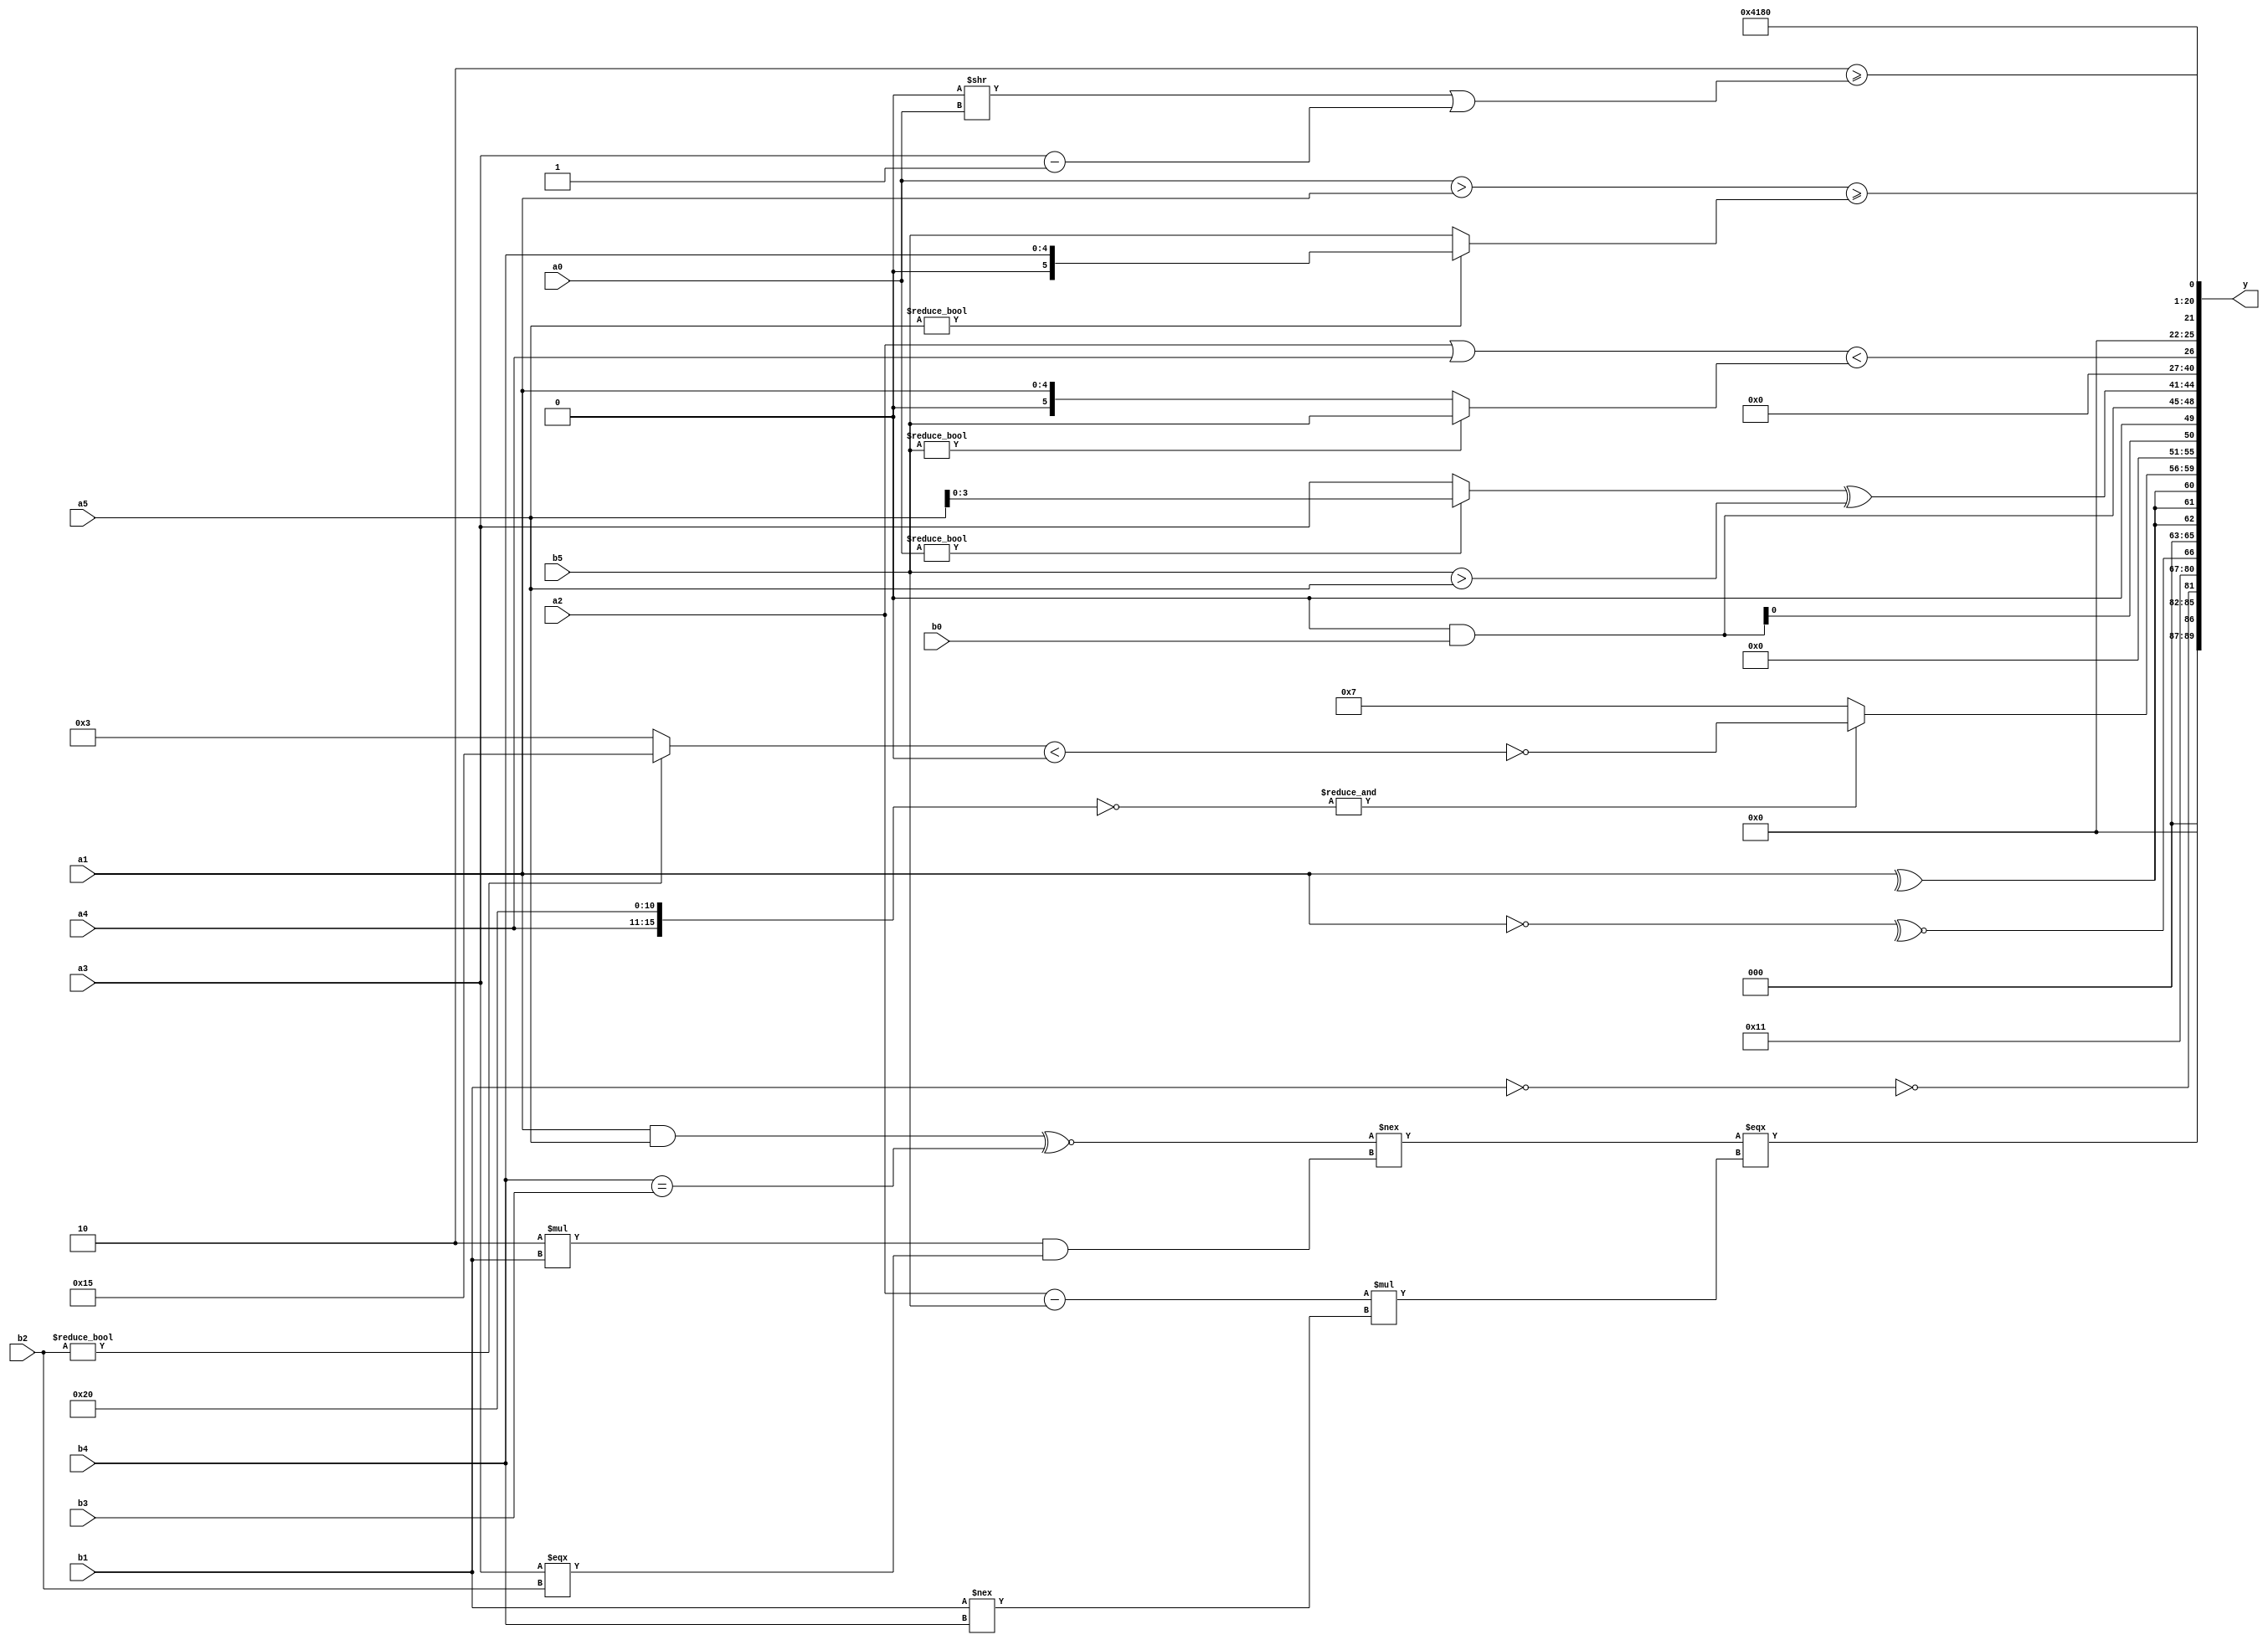
module expression_00907(a0, a1, a2, a3, a4, a5, b0, b1, b2, b3, b4, b5, y);
  input [3:0] a0;
  input [4:0] a1;
  input [5:0] a2;
  input signed [3:0] a3;
  input signed [4:0] a4;
  input signed [5:0] a5;

  input [3:0] b0;
  input [4:0] b1;
  input [5:0] b2;
  input signed [3:0] b3;
  input signed [4:0] b4;
  input signed [5:0] b5;

  wire [3:0] y0;
  wire [4:0] y1;
  wire [5:0] y2;
  wire signed [3:0] y3;
  wire signed [4:0] y4;
  wire signed [5:0] y5;
  wire [3:0] y6;
  wire [4:0] y7;
  wire [5:0] y8;
  wire signed [3:0] y9;
  wire signed [4:0] y10;
  wire signed [5:0] y11;
  wire [3:0] y12;
  wire [4:0] y13;
  wire [5:0] y14;
  wire signed [3:0] y15;
  wire signed [4:0] y16;
  wire signed [5:0] y17;

  output [89:0] y;
  assign y = {y0,y1,y2,y3,y4,y5,y6,y7,y8,y9,y10,y11,y12,y13,y14,y15,y16,y17};

  localparam [3:0] p0 = {2{{2{{2{{3{(4'd15)}}}}}}}};
  localparam [4:0] p1 = (~|((4'sd0)||(2'sd0)));
  localparam [5:0] p2 = {2{((-2'sd0)?(-4'sd4):(4'sd2))}};
  localparam signed [3:0] p3 = (4'd9);
  localparam signed [4:0] p4 = ((2'd2)^((3'sd3)>>>(4'd4)));
  localparam signed [5:0] p5 = ((((2'd1)?(5'd12):(3'd6))|{(-5'sd9)})?(^{1{((-5'sd5)?(5'sd3):(3'd7))}}):({(5'd27),(2'd3),(3'd3)}<<(4'd2 * (5'd19))));
  localparam [3:0] p6 = (((4'd7)?(5'd23):(2'd0))?{1{(+(2'd3))}}:((4'sd4)?(3'sd0):(2'd1)));
  localparam [4:0] p7 = ({{(-3'sd2),(2'd0),(-4'sd0)},(~{1{(4'sd5)}})}<<<(^(~^(+((2'd2)>>(4'd4))))));
  localparam [5:0] p8 = {4{((2'd2)>>(2'd1))}};
  localparam signed [3:0] p9 = (~^(^(-{4{((5'sd9)?(5'd21):(2'd3))}})));
  localparam signed [4:0] p10 = (-5'sd12);
  localparam signed [5:0] p11 = ({4{(2'd1)}}+(^((3'sd0)<(-4'sd0))));
  localparam [3:0] p12 = {3{((2'd2)==(3'sd2))}};
  localparam [4:0] p13 = (((|(-5'sd10))>=(|(4'd10)))<(~((-2'sd1)/(2'sd1))));
  localparam [5:0] p14 = (&(~&((!(5'd27))?((5'd2)?(-3'sd0):(2'd1)):((4'd13)?(2'd2):(-2'sd0)))));
  localparam signed [3:0] p15 = (((-3'sd1)?(-4'sd3):(2'd1))?((5'd2)+(5'sd2)):((4'd1)?(3'sd2):(3'sd3)));
  localparam signed [4:0] p16 = ((((3'd0)+(-2'sd0))===((4'd6)^(5'sd6)))?{(~^((5'd18)?(2'd2):(3'sd1)))}:{(((3'd5)?(4'sd3):(4'd0))^(&(5'd18)))});
  localparam signed [5:0] p17 = {(5'sd7),(5'd15),{{3{(-2'sd1)}}}};

  assign y0 = ((((a1&a5)^~(b4==b3))!==((5'd2 * b1)&&(a3===b2)))===((a2-b5)*(b1!==b4)));
  assign y1 = (~&(~(!(&(!b1)))));
  assign y2 = (-2'sd0);
  assign y3 = (~^{3{p0}});
  assign y4 = $unsigned({(&(|p3)),(~^(~a1))});
  assign y5 = {3{(^a1)}};
  assign y6 = ((~&(~{a4,p14,p13}))?((5'sd8)?(5'd7):(2'sd1)):(~((b2?p11:p6)<(2'd0))));
  assign y7 = {3{(2'sd0)}};
  assign y8 = {4{(p16&b0)}};
  assign y9 = ((a0?a5:a3)^(+(b5>a5)));
  assign y10 = (((a1?p17:p14)?{4{p5}}:(4'd10))<<<{1{((3'd7)|(-p10))}});
  assign y11 = ((-((-3'sd1)?(p10?p6:p2):(5'd19)))<=(+(4'd1)));
  assign y12 = ((a2|a4)<(b5?b5:a1));
  assign y13 = ((5'sd2)>=((p9>>a0)|(a3-p1)));
  assign y14 = ({1{$unsigned(p10)}}>=(-2'sd0));
  assign y15 = {{(p3<p13),(a1?a0:a4)},((b0?p2:p15)&(4'sd2)),({(3'd5)}>>>(-4'sd2))};
  assign y16 = (4'd2 * (3'd6));
  assign y17 = (^(+((a0>a1)>=(a5?b4:b5))));
endmodule